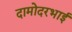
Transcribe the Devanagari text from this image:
दामोदरभाई